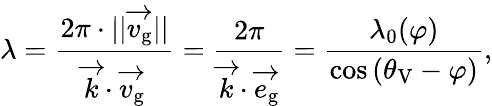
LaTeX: \lambda=\frac{2\pi\cdot||\overrightarrow{v_{\mathrm{g}}}||}{\overrightarrow{k}\cdot\overrightarrow{v_{\mathrm{g}}}}=\frac{2\pi}{\overrightarrow{k}\cdot\overrightarrow{e_{\mathrm{g}}}}=\frac{\lambda_{0}(\varphi)}{\cos{(\theta_{\mathrm{V}}-\varphi)}},